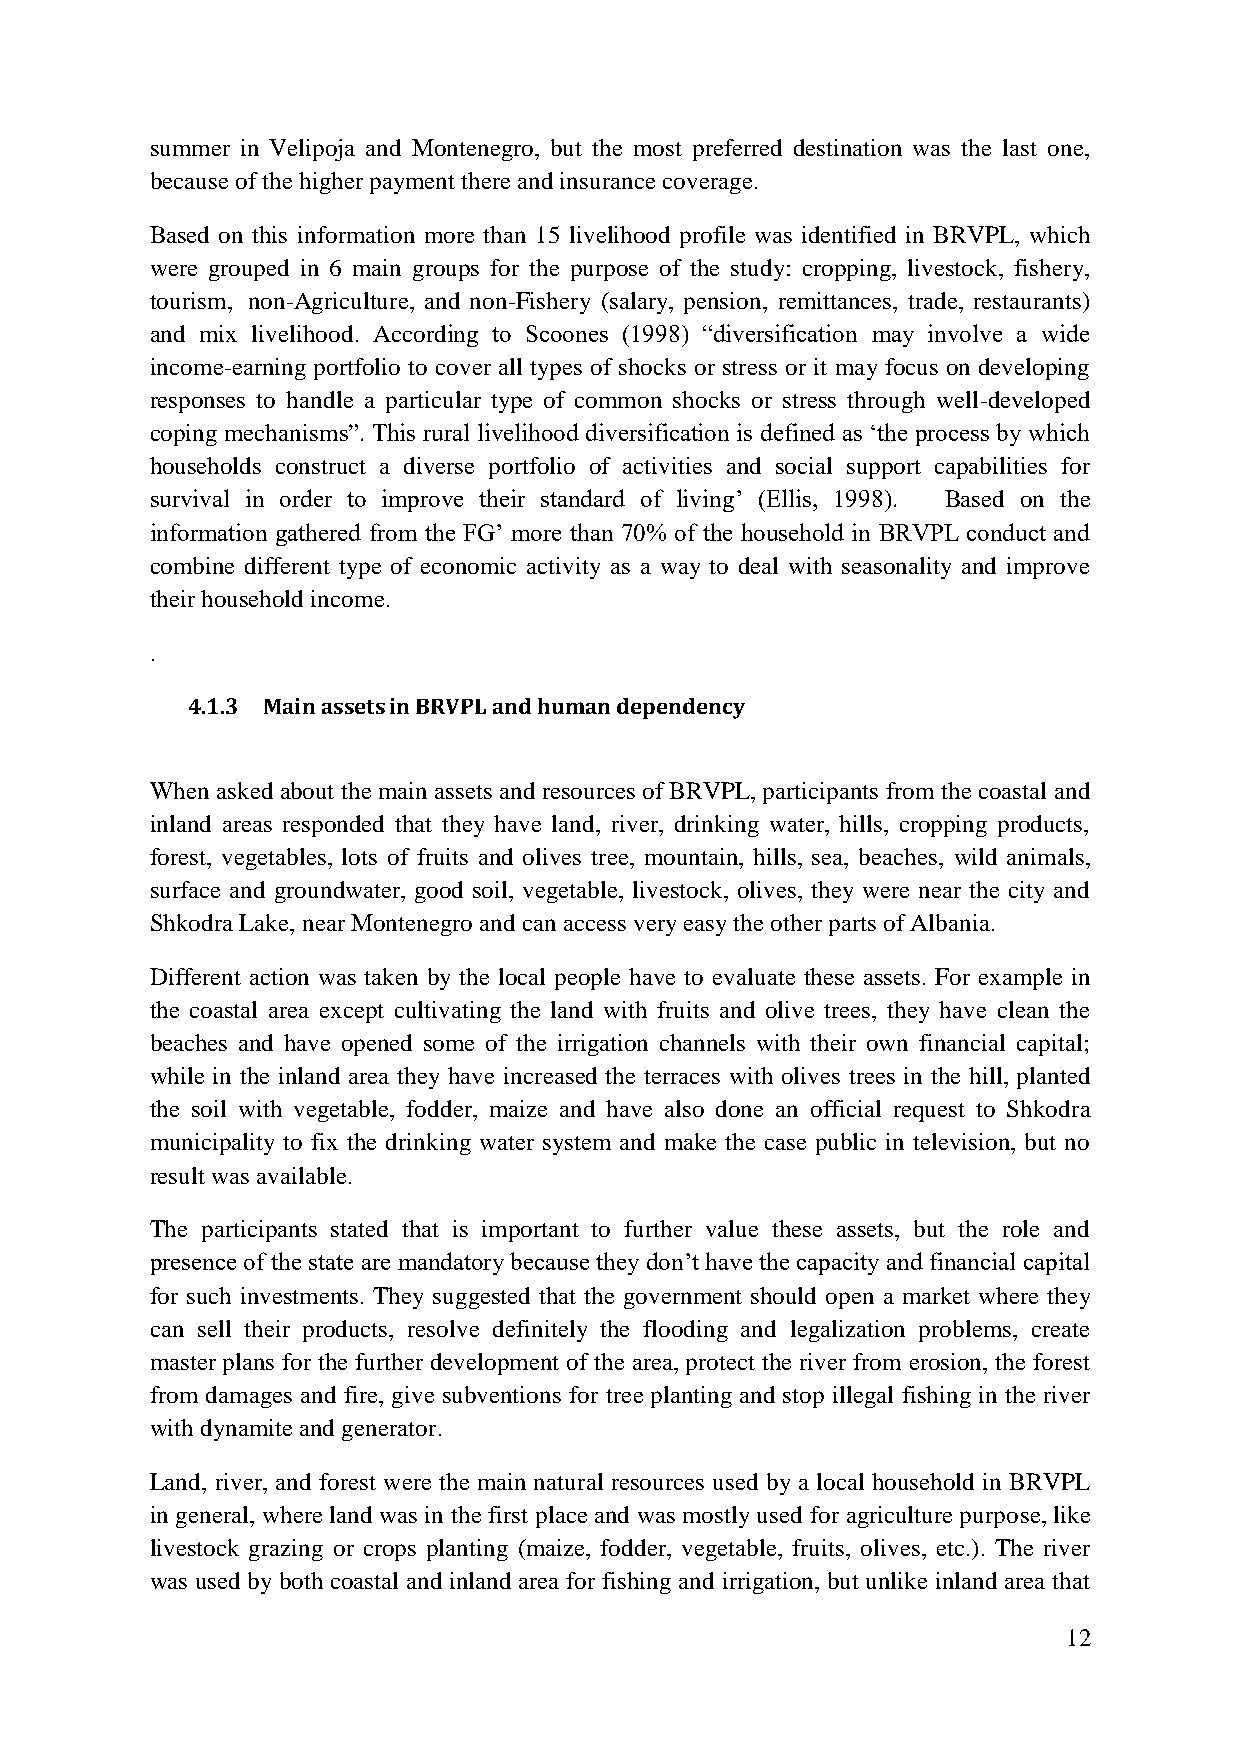
summer in Velipoja and Montenegro, but the most preferred destination was the last one,
 because of the higher payment there and insurance coverage.
 Based on this information more than 15 livelihood profile was identified in BRVPL, which
 were grouped in 6 main groups for the purpose of the study: cropping, livestock, fishery,
 tourism, non-Agriculture, and non-Fishery (salary, pension, remittances, trade, restaurants)
 and mix livelihood. According to Scoones (1998) “diversification may involve a wide
 income-earning portfolio to cover all types of shocks or stress or it may focus on developing
 responses to handle a particular type of common shocks or stress through well-developed
 coping mechanisms”. This rural livelihood diversification is defined as „the process by which
 households construct a diverse portfolio of activities and social support capabilities for
 survival in order to improve their standard of living‟ (Ellis, 1998). Based on the
 information gathered from the FG‟ more than 70% of the household in BRVPL conduct and
 combine different type of economic activity as a way to deal with seasonality and improve
 their household income.
 .
 4.1.3 Main assets in BRVPL and human dependency
 When asked about the main assets and resources of BRVPL, participants from the coastal and
 inland areas responded that they have land, river, drinking water, hills, cropping products,
 forest, vegetables, lots of fruits and olives tree, mountain, hills, sea, beaches, wild animals,
 surface and groundwater, good soil, vegetable, livestock, olives, they were near the city and
 Shkodra Lake, near Montenegro and can access very easy the other parts of Albania.
 Different action was taken by the local people have to evaluate these assets. For example in
 the coastal area except cultivating the land with fruits and olive trees, they have clean the
 beaches and have opened some of the irrigation channels with their own financial capital;
 while in the inland area they have increased the terraces with olives trees in the hill, planted
 the soil with vegetable, fodder, maize and have also done an official request to Shkodra
 municipality to fix the drinking water system and make the case public in television, but no
 result was available.
 The participants stated that is important to further value these assets, but the role and
 presence of the state are mandatory because they don‟t have the capacity and financial capital
 for such investments. They suggested that the government should open a market where they
 can sell their products, resolve definitely the flooding and legalization problems, create
 master plans for the further development of the area, protect the river from erosion, the forest
 from damages and fire, give subventions for tree planting and stop illegal fishing in the river
 with dynamite and generator.
 Land, river, and forest were the main natural resources used by a local household in BRVPL
 in general, where land was in the first place and was mostly used for agriculture purpose, like
 livestock grazing or crops planting (maize, fodder, vegetable, fruits, olives, etc.). The river
 was used by both coastal and inland area for fishing and irrigation, but unlike inland area that
 12